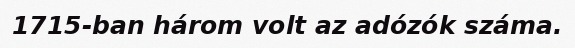
1715-ban három volt az adózók száma.